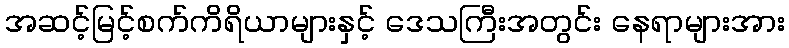
အဆင့်မြင့်စက်ကိရိယာများနှင့် ဒေသကြီးအတွင်း နေရာများအား